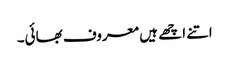
اتنے اچھے ہیں معروف بھائی۔